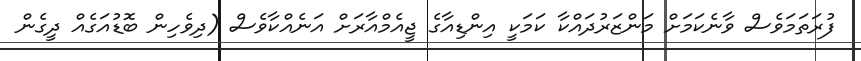
ފުރަތަމަވެސް ވާނެކަމަށް މަންޒަރުދައްކާ ކަމަކީ އިންޑިއާގެ ޖީއެމްއާރަށް އަނެއްކާވެސް (ދިވެހިން ބޮޑުއަގެއް ދީގެން